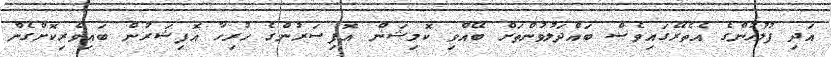
އަދި ފުލުހުންގެ އެތެރޭގައިވެސް ބައްދަލުވުންތަށް ބޭއްވި ކޮމިޝަން އޮފިސަރުންގެ ހުރިހާ އޮފިޝަރުން ބައިވެރިކޮށްގެން